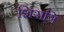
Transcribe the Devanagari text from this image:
शिरात्रि